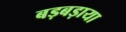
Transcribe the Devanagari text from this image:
बड़बड़ाया